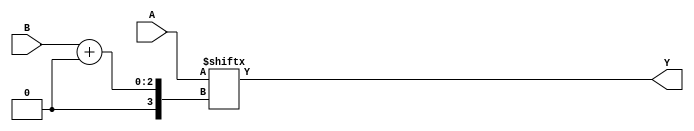
/* Generated by Yosys 0.20 (git sha1 4fcb95ed087, clang  -fPIC -Os) */

(* dynports =  1  *)
(* src = "shiftx.v:1.1-22.10" *)
module m_0(A, B, Y);
  (* src = "shiftx.v:9.25-9.26" *)
  input [1:0] A;
  wire [1:0] A;
  (* src = "shiftx.v:10.25-10.26" *)
  input [1:0] B;
  wire [1:0] B;
  (* src = "shiftx.v:11.26-11.27" *)
  output [1:0] Y;
  wire [1:0] Y;
  wire [1:0] _1_ = A;
  assign Y = _1_[B +: 2];
endmodule